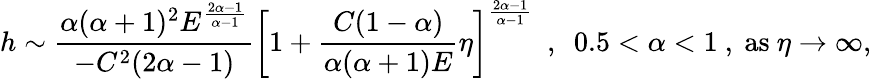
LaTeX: h\sim\displaystyle\frac{\alpha(\alpha+1)^{2}E^{\frac{2\alpha-1}{\alpha-1}}}{-C^{2}(2\alpha-1)}\left[1+\frac{C(1-\alpha)}{\alpha(\alpha+1)E}\eta\right]^{\frac{2\alpha-1}{\alpha-1}}~~,~~0.5<\alpha<1~,~\textrm{as}\ \eta\to\infty,